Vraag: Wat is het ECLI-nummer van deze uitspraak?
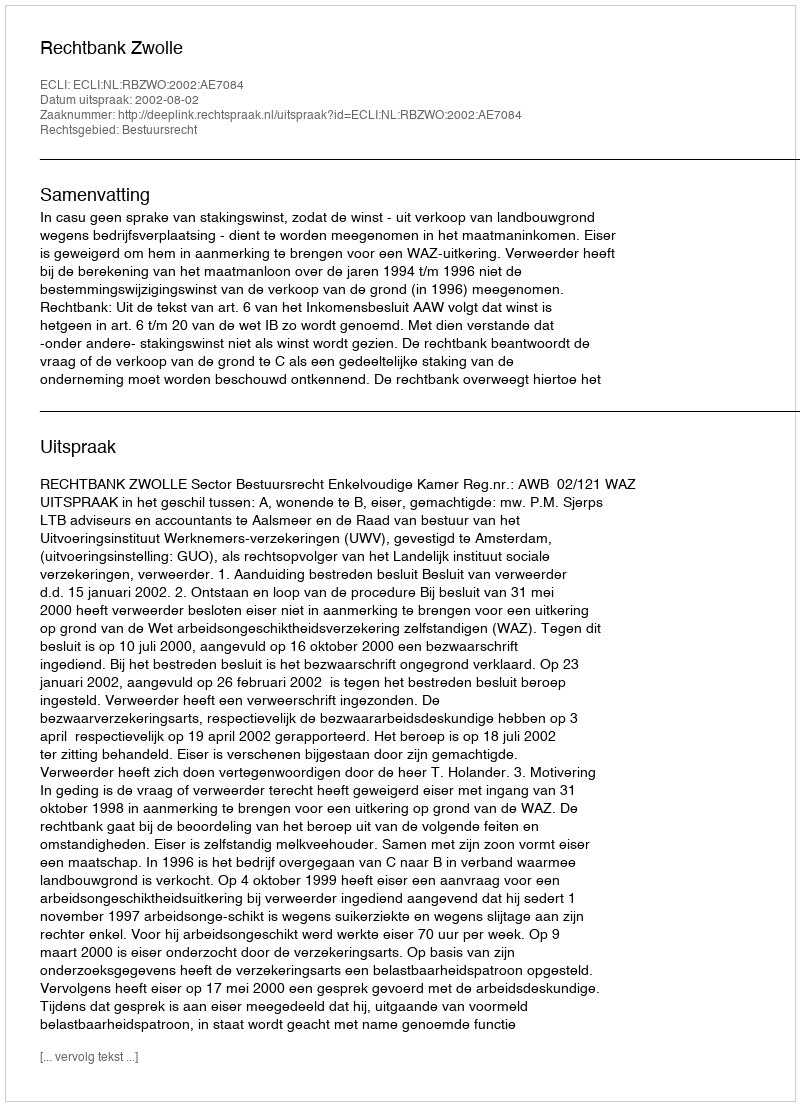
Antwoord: ECLI:NL:RBZWO:2002:AE7084